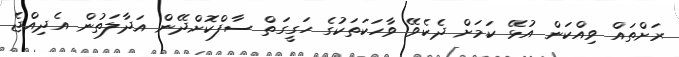
ރަށްތައް ވިއްކަން އުޅޭ ކަމަށް ދެކެވޭ ވާހަކަތަކުގެ ހަގީގަތް ސާފްކޮށްދޭން އަދާލަތުން އެދިއްޖެ